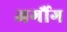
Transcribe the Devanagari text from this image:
अर्गौग